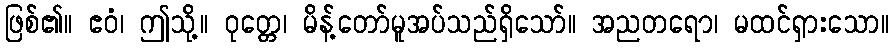
ဖြစ်၏။ ဧဝံ၊ ဤသို့။ ဝုတ္တေ၊ မိန့်တော်မူအပ်သည်ရှိသော်။ အညတရော၊ မထင်ရှားသော။